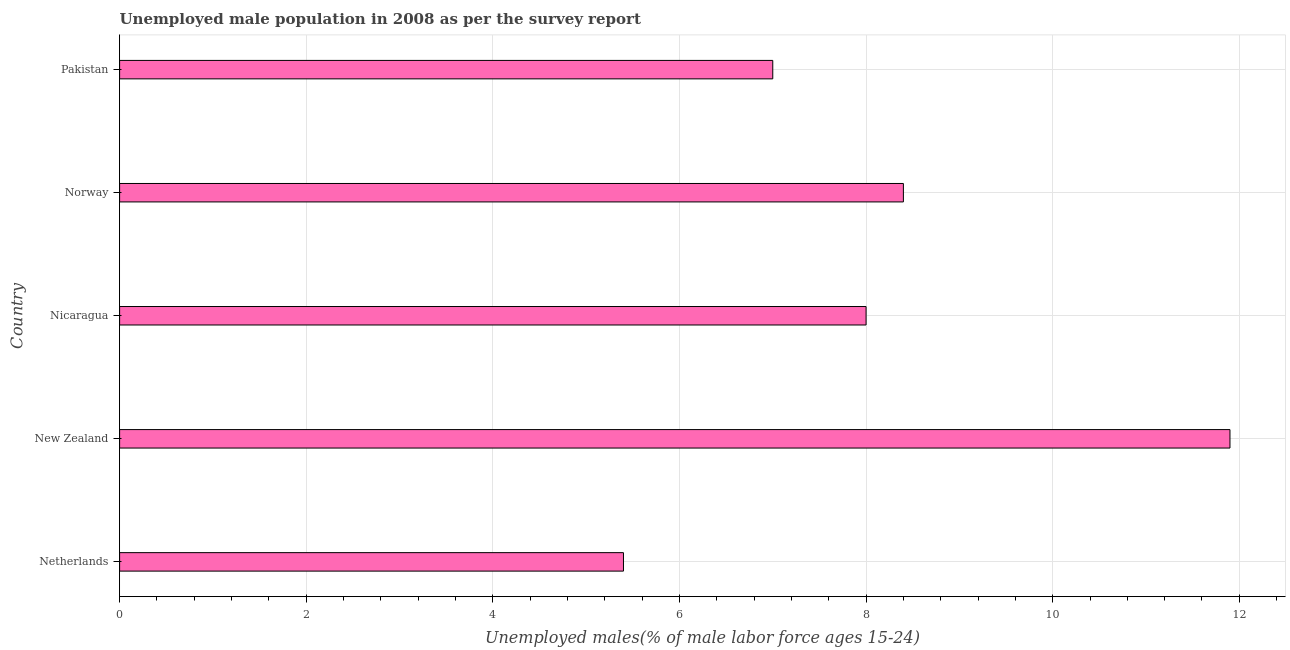
| Country | Unemployment youth male |
 | --- | --- |
 | Netherlands | 5.4 |
 | New Zealand | 11.9 |
 | Nicaragua | 8 |
 | Norway | 8.4 |
 | Pakistan | 7 |